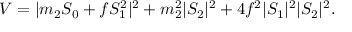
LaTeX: V = | m _ { 2 } S _ { 0 } + f S _ { 1 } ^ { 2 } | ^ { 2 } + m _ { 2 } ^ { 2 } | S _ { 2 } | ^ { 2 } + 4 f ^ { 2 } | S _ { 1 } | ^ { 2 } | S _ { 2 } | ^ { 2 } .